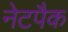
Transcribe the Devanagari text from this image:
नेटपैक